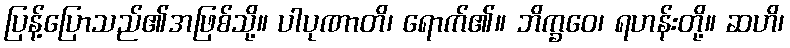
ပြန့်ပြောသည်၏အဖြစ်သို့။ ပါပုဏာတိ၊ ရောက်၏။ ဘိက္ခဝေ၊ ရဟန်းတို့။ ဆဟိ၊